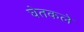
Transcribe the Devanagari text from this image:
घेतकले